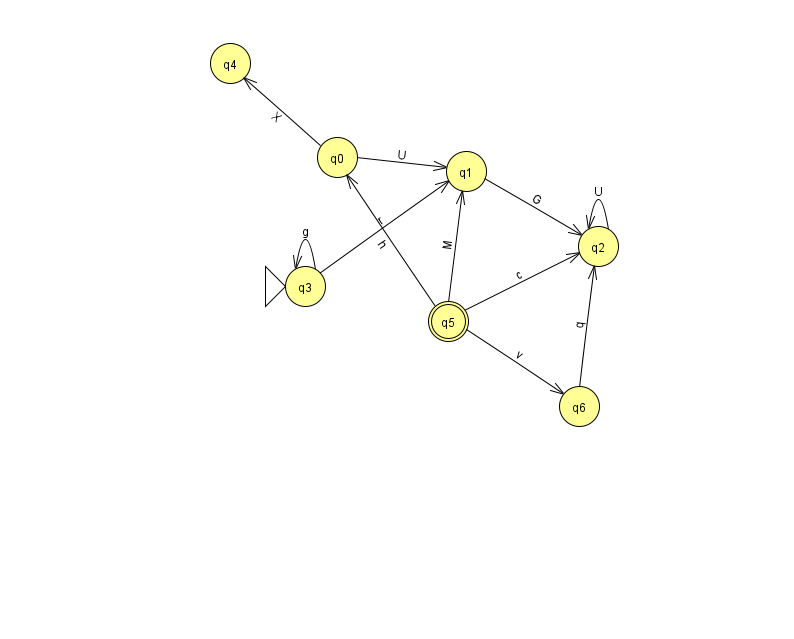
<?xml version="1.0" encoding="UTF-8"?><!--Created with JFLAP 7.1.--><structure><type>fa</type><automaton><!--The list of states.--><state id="0" name="q0"><x>337.0</x><y>144.0</y></state><state id="1" name="q1"><x>466.0</x><y>158.0</y></state><state id="2" name="q2"><x>598.0</x><y>233.0</y></state><state id="3" name="q3"><x>305.0</x><y>273.0</y><initial/></state><state id="4" name="q4"><x>230.0</x><y>50.0</y></state><state id="5" name="q5"><x>448.0</x><y>308.0</y><final/></state><state id="6" name="q6"><x>579.0</x><y>393.0</y></state><!--The list of transitions.--><transition><from>3</from><to>1</to><read>r</read></transition><transition><from>0</from><to>4</to><read>X</read></transition><transition><from>5</from><to>0</to><read>h</read></transition><transition><from>2</from><to>2</to><read>U</read></transition><transition><from>3</from><to>3</to><read>g</read></transition><transition><from>6</from><to>2</to><read>q</read></transition><transition><from>5</from><to>1</to><read>M</read></transition><transition><from>5</from><to>6</to><read>v</read></transition><transition><from>0</from><to>1</to><read>U</read></transition><transition><from>1</from><to>2</to><read>G</read></transition><transition><from>5</from><to>2</to><read>c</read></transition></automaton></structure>